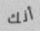
أنك